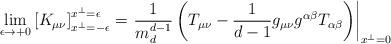
LaTeX: \begin{align*}\lim_{\epsilon\to +0}\left[K_{\mu\nu}\right]_{x^\perp =-\epsilon}^{x^\perp =\epsilon}=\left.\frac{1}{m_d^{d-1}}\left(T_{\mu\nu}-\frac{1}{d-1}g_{\mu\nu}g^{\alpha\beta}T_{\alpha\beta}\right)\right|_{x^\perp =0}\end{align*}